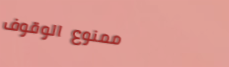
ممنوع الوقوف